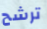
ترشح